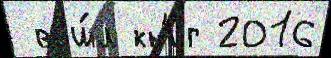
 вош́л кн'иг 2016